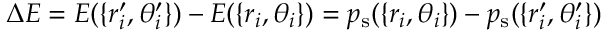
\Delta E = E ( \{ r _ { i } ^ { \prime } , \theta _ { i } ^ { \prime } \} ) - E ( \{ r _ { i } , \theta _ { i } \} ) = p _ { \mathrm { s } } ( \{ r _ { i } , \theta _ { i } \} ) - p _ { \mathrm { s } } ( \{ r _ { i } ^ { \prime } , \theta _ { i } ^ { \prime } \} )